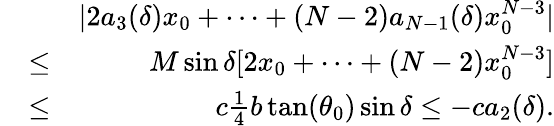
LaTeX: \begin{array}{rlr}&{}&{|2a_{3}(\delta)x_{0}+\cdots+(N-2)a_{N-1}(\delta)x_{0}^{N-3}|}\\ &{\leq}&{M\sin\delta[2x_{0}+\cdots+(N-2)x_{0}^{N-3}]}\\ &{\leq}&{c\frac{1}{4}b\tan(\theta_{0})\sin\delta\leq-ca_{2}(\delta).}\end{array}